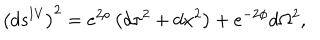
LaTeX: \left( d s ^ { \mathrm { I V } } \right) ^ { 2 } = e ^ { 2 \rho } \left( d \tau ^ { 2 } + d x ^ { 2 } \right) + e ^ { - 2 \phi } d \Omega ^ { 2 } ,